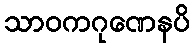
သာဝကဂုဏေနပိ